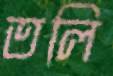
তলি